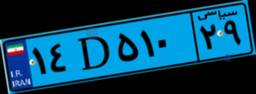
۱۲D۰۵۰۸۶